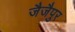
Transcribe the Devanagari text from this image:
जैजैपुर